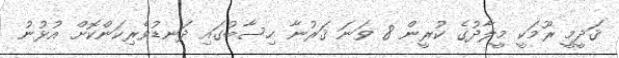
ޤަދީމީ ރޫމަކީ މީލާދުގެ ކުރީން 8 ވަނަ ޤަރުނާ ހިސާބުގައި ދަނޑުވެރިކަންކޮށް އުޅުނު